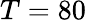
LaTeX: T=80